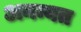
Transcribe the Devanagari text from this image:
अनन्यत